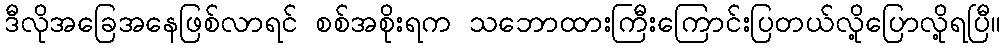
ဒီလိုအခြေအနေဖြစ်လာရင် စစ်အစိုးရက သဘောထားကြီးကြောင်းပြတယ်လို့ပြောလို့ရပြီ။